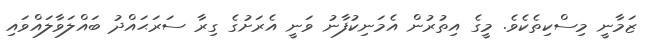
ޒަމާނީ މިސްކިތެކެވެ. މީގެ އިތުރުން އެމަނިކުފާނު ވަނީ އެރަށުގެ ގިރާ ސަރަޙައްދު ބައްލަވާލައްވައި